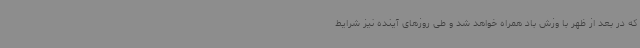
که در بعد از ظهر با وزش باد همراه خواهد شد و طی روزهای آینده نیز شرایط